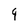
Character: 9